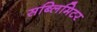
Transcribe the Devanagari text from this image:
सब्लिमिटर